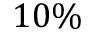
1 0 \%